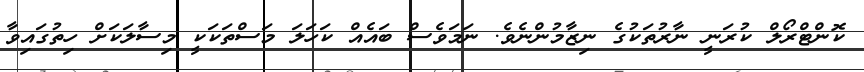
ކޮންޓްރޯލް ކުރަނީ ނާރުތަކުގެ ނިޒާމުންނެވެ. ނަމަވެސް ބައެއް ކަހަލަ މަސްތަކަކީ މިސާލަކަށް ހިތުގައިވާ